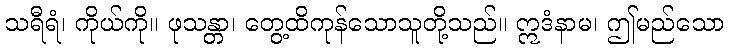
သရီရံ၊ ကိုယ်ကို။ ဖုသန္တာ၊ တွေ့ထိကုန်သောသူတို့သည်။ ဣဒံနာမ၊ ဤမည်သော